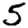
Digit: 5